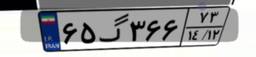
۶۵گ۳۶۶۷۳